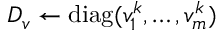
D _ { v } \leftarrow \operatorname { d i a g } ( v _ { 1 } ^ { k } , \ldots , v _ { m } ^ { k } )